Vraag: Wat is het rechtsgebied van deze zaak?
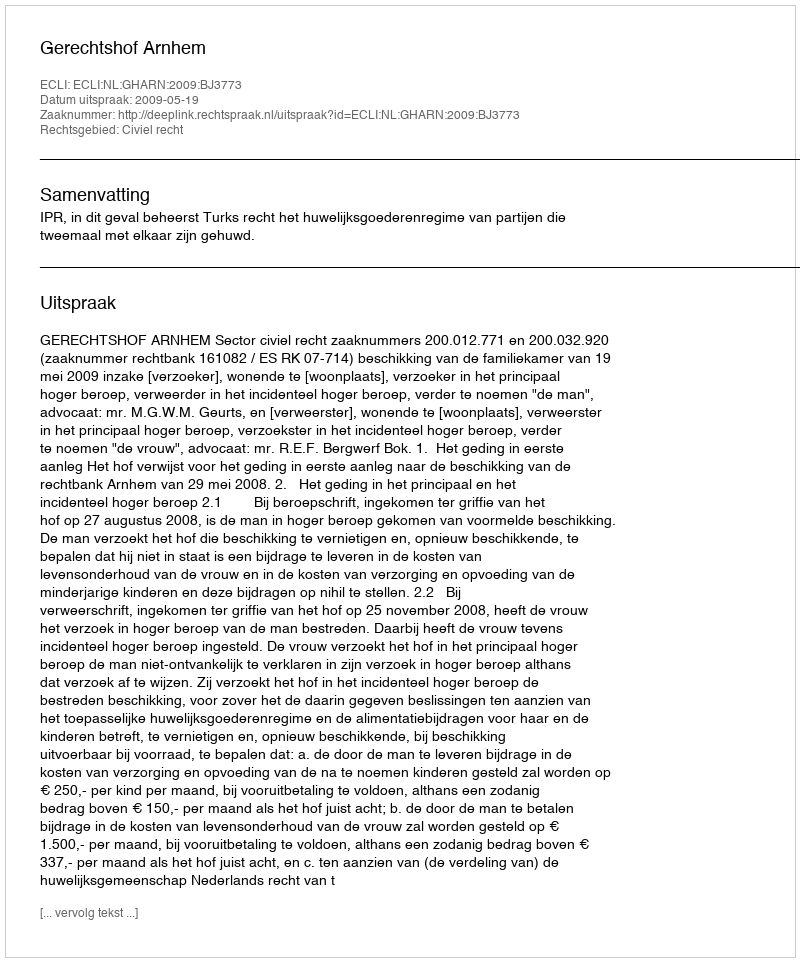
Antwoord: Civiel recht